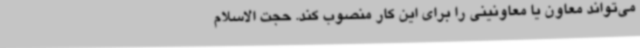
می‌تواند معاون یا معاونینی را برای این کار منصوب کند. حجت الاسلام